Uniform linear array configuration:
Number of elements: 12
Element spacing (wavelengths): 1
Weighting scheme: hann
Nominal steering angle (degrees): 0
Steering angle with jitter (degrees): -0.8819
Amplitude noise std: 0.05
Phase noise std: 0.05

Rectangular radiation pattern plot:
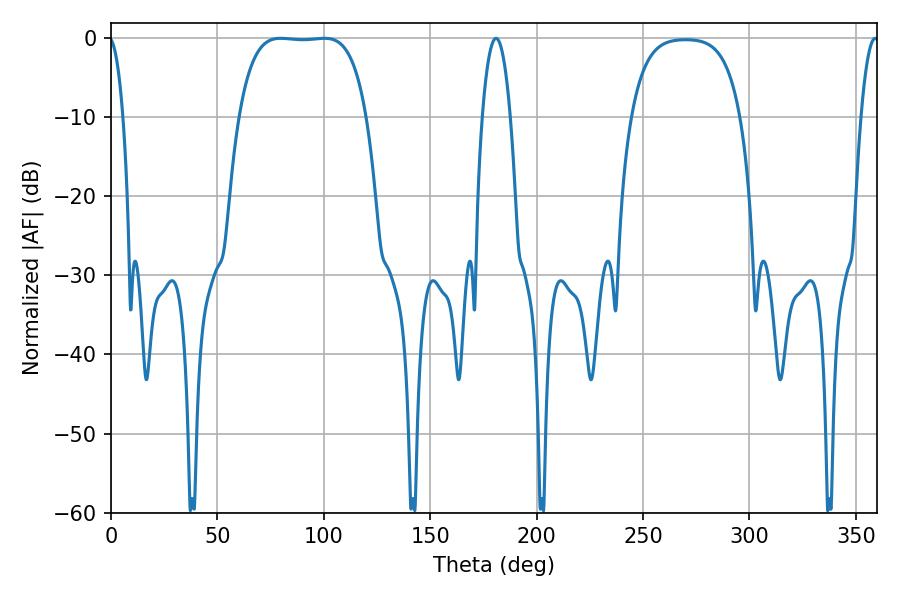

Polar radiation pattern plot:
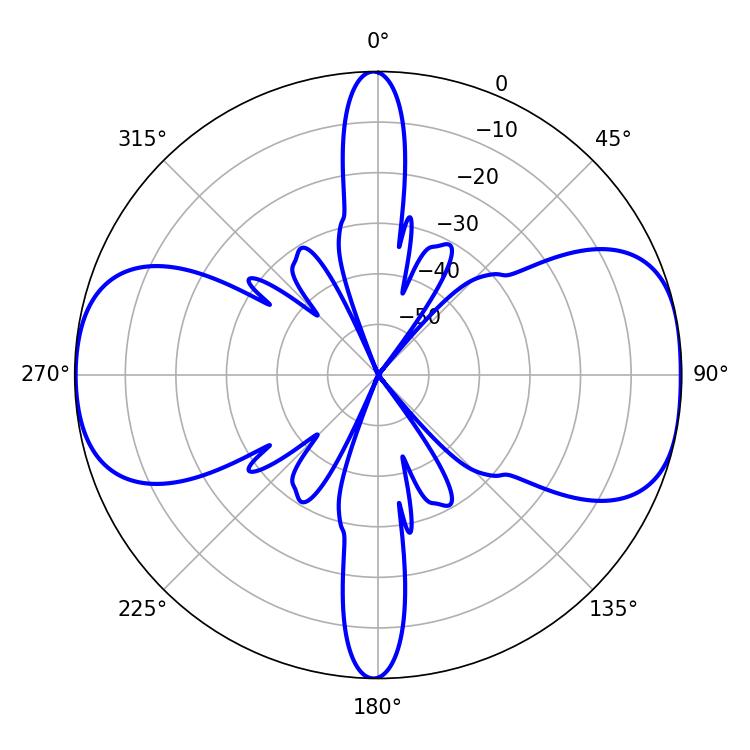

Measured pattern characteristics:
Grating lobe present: TRUE
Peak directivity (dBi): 10.265
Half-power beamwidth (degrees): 46.44
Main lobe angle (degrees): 79.74